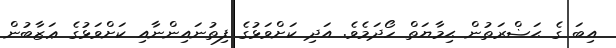
އިބަ ގެ ޙަޟްރަތުން ޙިމާޔަތް ހޯދަމެވެ. އަދި ކަށްވަޅުގެ ފިތުނައިންނާއި ކަށްވަޅުގެ ޢަޒާބުން